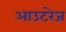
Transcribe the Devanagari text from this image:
आउटरेज